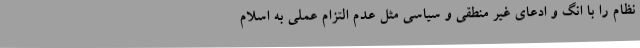
نظام را با انگ و ادعای غیر منطقی و سیاسی مثل عدم التزام عملی به اسلام